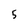
Character: 5